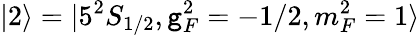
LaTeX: |2\rangle=|5^{2}S_{1/2},\mathtt{g}_{F}^{2}=-1/2,m_{F}^{2}=1\rangle